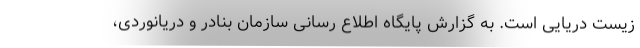
زیست دریایی است. به گزارش پایگاه اطلاع رسانی سازمان بنادر و دریانوردی،